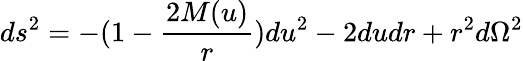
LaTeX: ds^{2}=-(1-\frac{2M(u)}r)du^{2}-2dudr+r^{2}d\Omega^{2}